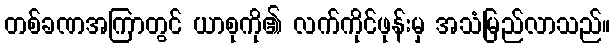
တစ်ခဏအကြာတွင် ယာစုကို၏ လက်ကိုင်ဖုန်းမှ အသံမြည်လာသည်။